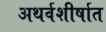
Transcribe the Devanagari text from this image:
अथर्वशीर्षात